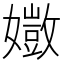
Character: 𫲈